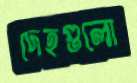
দেহগুলো